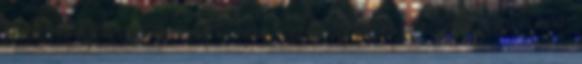
hasznos fejleszteni, aminek bizony van budget-vonzata, amit szintén nem